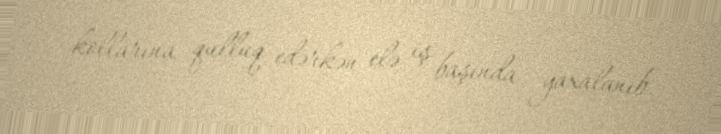
kollarına qulluq edərkən elə iş başında yaxalanıb.